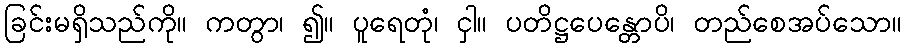
ခြင်းမရှိသည်ကို။ ကတွာ၊ ၍။ ပူရေတုံ၊ ငှါ။ ပတိဋ္ဌပေန္တောပိ၊ တည်စေအပ်သော။